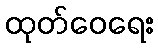
ထုတ်ဝေရေး